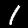
Label: 1